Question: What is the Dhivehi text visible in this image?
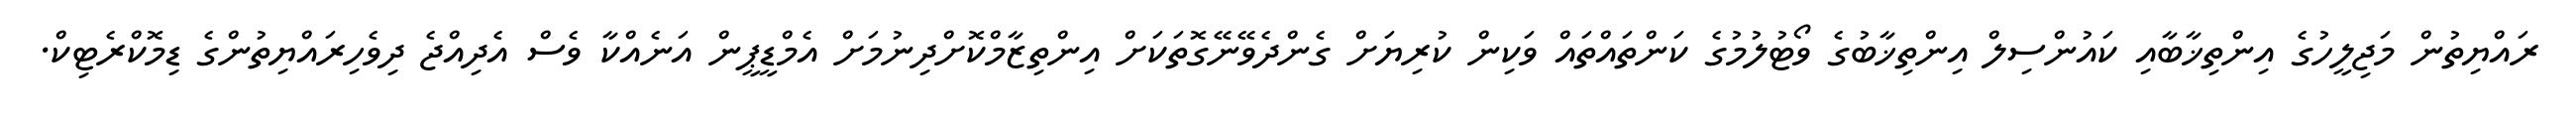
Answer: ރައްޔިތުން މަޖިލީހުގެ އިންތިޚާބާއި ކައުންސިލް އިންތިޚާބުގެ ވޯޓުލުމުގެ ކަންތައްތައް ވަކިން ކުރިޔަށް ގެންދެވޭނޭގޮތަކަށް އިންތިޒާމްކޮށްދިނުމަށް އެމްޑީޕީން އަނެއްކާ ވެސް އެދިއްޖެ ދިވެހިރައްޔިތުންގެ ޑިމޮކްރެޓިކް.